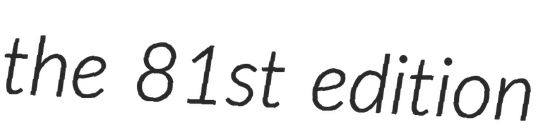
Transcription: the 81st edition